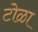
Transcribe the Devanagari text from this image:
टोळा